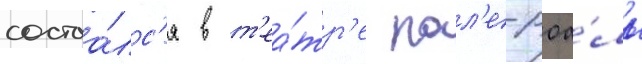
состоа́лс'я в т'еа́тр'е пал'е-роа́ль